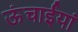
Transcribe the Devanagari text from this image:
ऊंचाईयां